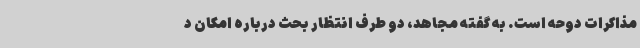
مذاکرات دوحه است. به گفته مجاهد، دو طرف انتظار بحث درباره امکان د